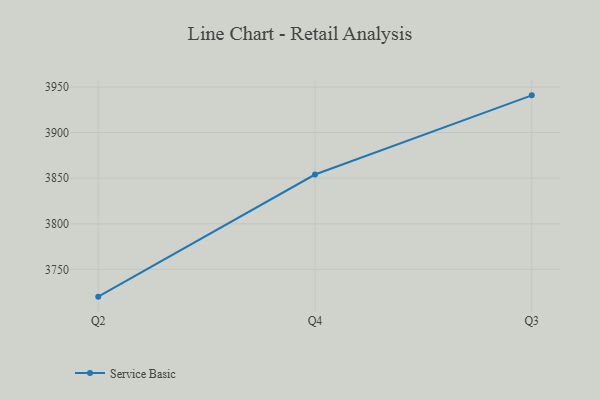
{"axis": {"x": "Quarter", "y": "Market Share (%)"}, "legend": ["Service Basic"], "data": [{"x": "Q2", "y": 3720.1, "type": "Service Basic"}, {"x": "Q4", "y": 3854.0, "type": "Service Basic"}, {"x": "Q3", "y": 3940.8, "type": "Service Basic"}]}